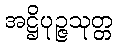
အဋ္ဌိပုဉ္ဇသုတ္တ